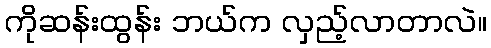
ကိုဆန်းထွန်း ဘယ်က လှည့်လာတာလဲ။